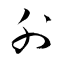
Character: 外